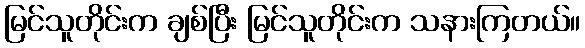
မြင်သူတိုင်းက ချစ်ပြီး မြင်သူတိုင်းက သနားကြတယ်။